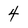
Character: 4